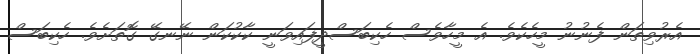
އެރުވިތަން ފެނުނު މީހެކެވެ. އެ މީހާވެސް ހެކިބަސްދީފައިވަނީ ކާކުކަން ނޭނގޭ ގޮތަށެވެ. ހެކިބަސް